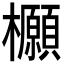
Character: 𭬻